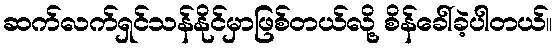
ဆက်လက်ရှင်သန်နိုင်မှာဖြစ်တယ်လို့ စိန်ခေါ်ခဲ့ပါတယ်။